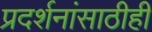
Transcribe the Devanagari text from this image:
प्रदर्शनांसाठीही